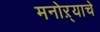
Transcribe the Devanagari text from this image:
मनोऱ्याचे